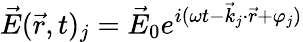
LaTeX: \vec{E}(\vec{r},t)_{j}=\vec{E}_{0}e^{i(\omega t-\vec{k}_{j}\cdot\vec{r}+\varphi_{j})}